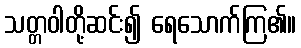
သတ္တဝါတို့ဆင်း၍ ရေသောက်ကြ၏။